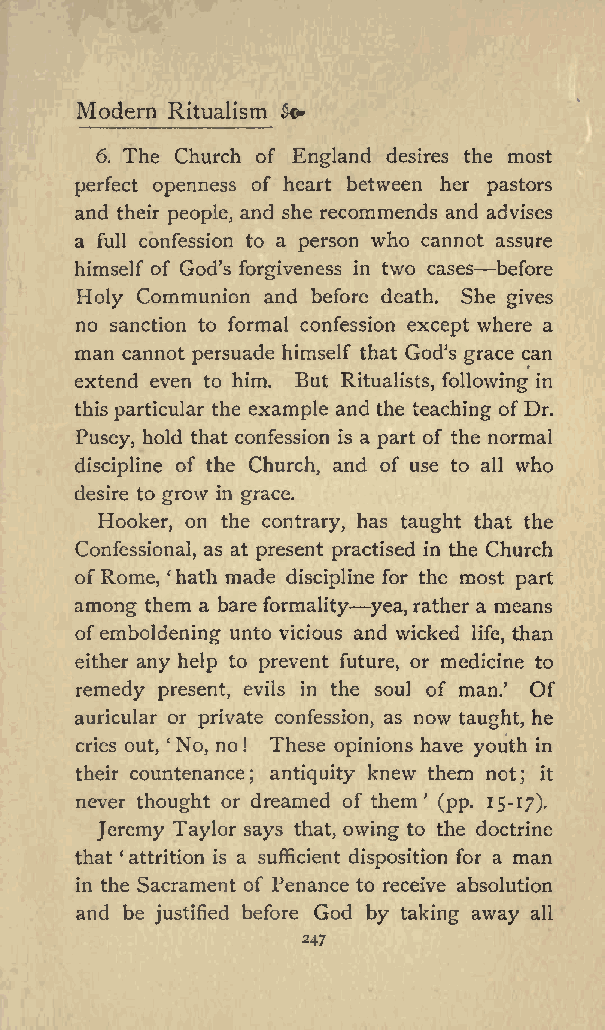
Modern Ritualism o
 6. The Church of England desires the most
 perfect openness of heart between her pastors
 and their people, and she recommends and advises
 a full confession to a person who cannot assure
 himself of God s forgiveness in two cases before
 Holy Communion and before death. She gives
 no sanction to formal confession except where a
 man cannot persuade himself that Gods grace can
 extend even to him. But Ritualists, following in
 this particular the example and the teaching of Dr.
 Pusey, hold that confession is a part of the normal
 discipline of the Church, and of use to all who
 desire to grow in grace.
 Hooker, on the contrary, has taught that the
 Confessional, as at present practised in the Church
 of Rome, hath made discipline for the most part
 among them a bare formality yea, rather a means
 ofemboldening unto vicious and wicked
 life,
 than
 either any help to prevent future, or medicine to
 remedy present, evils in the soul of man. Of
 auricular or private confession, as now taught, he
 cries out, No, no ! These opinions have youth in
 their countenance; antiquity knew them not; it
 never thought or dreamed of them (pp. 15-17).
 Jeremy Taylor says that, owing to the doctrine
 that attrition is a sufficient disposition for a man
 in the Sacrament of Penance to receive absolution
 and be justified before God by taking away all
 247